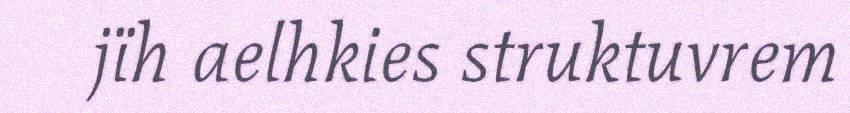
jïh aelhkies struktuvrem